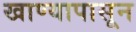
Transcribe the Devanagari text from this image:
खाण्यापासून